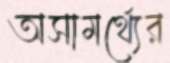
অসামর্থ্যের